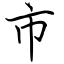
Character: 市